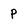
Character: P